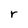
Character: r